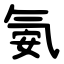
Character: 氨